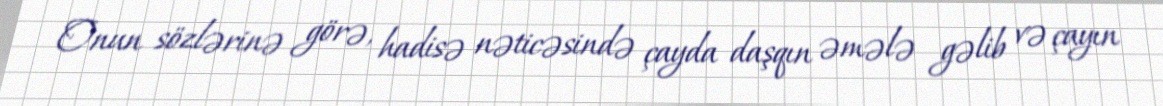
Onun sözlərinə görə, hadisə nəticəsində çayda daşqın əmələ gəlib və çayın